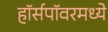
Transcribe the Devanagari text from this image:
हॉर्सपॉवरमध्ये